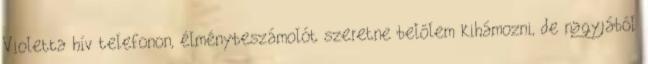
Violetta hív telefonon, élménybeszámolót szeretne belőlem kihámozni, de nagyjából